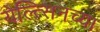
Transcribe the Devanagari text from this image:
येल्त्सिनच्या